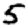
Digit: 5